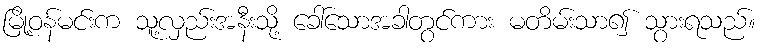
မြို့ဝန်မင်းက သူ့လှည်းအနီးသို့ ခေါ်သောအခါတွင်ကား မတိမ်းသာ၍ သွားရသည်။